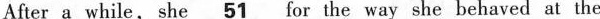
After a while,she \underline51 for the way shebebaved at the